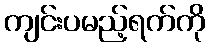
ကျင်းပမည့်ရက်ကို